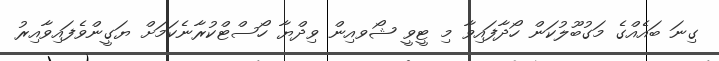
ގިނަ ބައެއްގެ މަގުބޫލުކަން ހޯދާފައިވާ މި ޓީވީ ޝޯވއިން ވިދްޔާ ހޯސްޓްކުރާނެކަމަށް ޔަގީންވެފައިވާއިރު